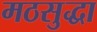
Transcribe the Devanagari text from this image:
मठसुद्धा